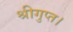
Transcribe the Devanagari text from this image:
श्रीगुप्त।